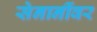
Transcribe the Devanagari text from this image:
सेनानींवर